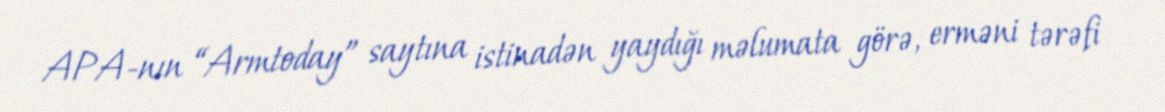
APA-nın “Armtoday” saytına istinadən yaydığı məlumata görə, erməni tərəfi